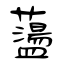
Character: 蘯